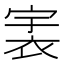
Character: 𧙶